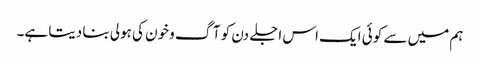
ہم میں سے کوئی ایک اس اجلے دن کو آگ وخون کی ہولی بنا دیتا ہے۔